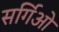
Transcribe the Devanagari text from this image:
सर्गिओ